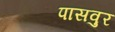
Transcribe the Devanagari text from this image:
पासवुर